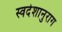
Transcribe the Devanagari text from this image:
स्वदेशानुराग